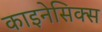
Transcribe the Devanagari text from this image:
काइनेसिक्स